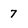
Character: 7